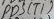
Text: PD5